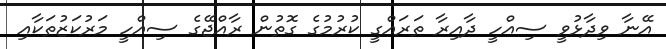
އޭނާ ވިދާޅުވީ ސިއްހީ ދާއިރާ ތަރައްގީ ކުރުމުގެ ގޮތުން ރާއްޖޭގެ ސިއްހީ މަރުކަޒުތަކާއި